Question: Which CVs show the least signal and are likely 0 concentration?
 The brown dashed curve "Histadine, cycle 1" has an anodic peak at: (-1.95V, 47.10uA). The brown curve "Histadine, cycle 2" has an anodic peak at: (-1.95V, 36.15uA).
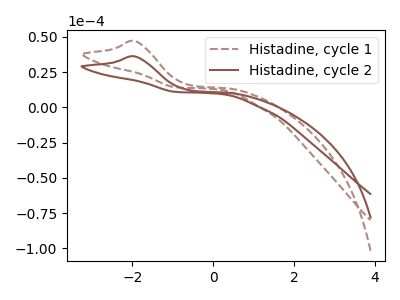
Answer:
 <answer>There are not any CV's on this graph that are likely to be blanks.</answer>
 <eval>none</eval>